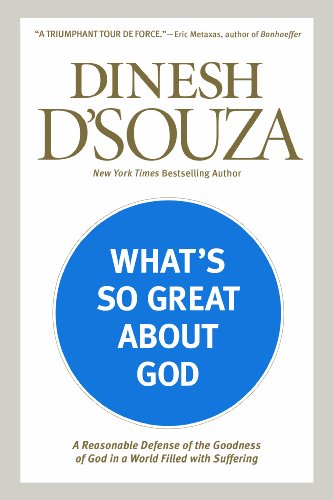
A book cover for What's So Great about God: A Reasonable Defense of the Goodness of God in a World Filled with Suffering; Dinesh D'Souza; Politics & Social Sciences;